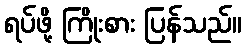
ရပ်ဖို့ ကြိုးစား ပြန်သည်။